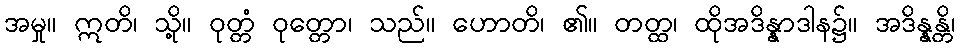
အမှု။ ဣတိ၊ သို့။ ဝုတ္တံ ဝုတ္တော၊ သည်။ ဟောတိ၊ ၏။ တတ္ထ၊ ထိုအဒိန္နာဒါန၌။ အဒိန္နန္တိ၊